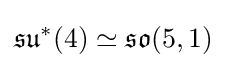
{\mathfrak {su}}^{*}(4)\simeq {\mathfrak {so}}(5,1)